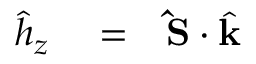
\begin{array} { r l r } { \hat { h } _ { z } } & { { } = } & { { \bf \hat { S } } \cdot \hat { \bf k } } \end{array}